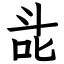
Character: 㖍